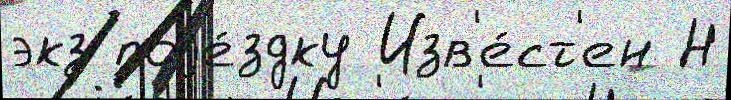
экз поjе́здку Изв'е́ст'ен Н